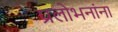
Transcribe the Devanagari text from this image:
प्रलोभनांना